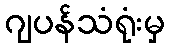
ဂျပန်သံရုံးမှ